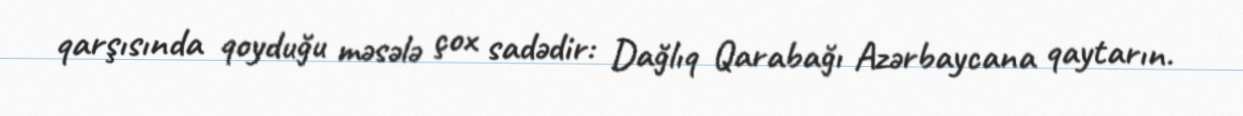
qarşısında qoyduğu məsələ çox sadədir: Dağlıq Qarabağı Azərbaycana qaytarın.